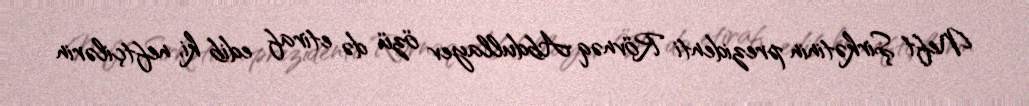
Neft Şirkətinin prezidenti Rövnəq Abdullayev özü də etiraf edib ki, neftçilərin